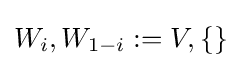
W_{i},W_{1-i}:=V,\{\}